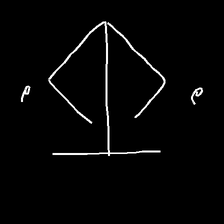
Glyph: earth